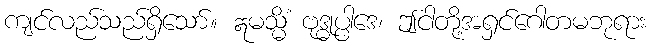
ကျင်လည်သည်ရှိသော်။ ဣမသ္မိံ ဗုဒ္ဓုပ္ပါဒေ၊ ဤငါတို့အရှင်ဂေါတမဘုရား